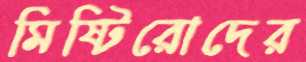
মিষ্টিরোদের